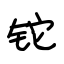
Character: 铊